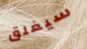
سيغلق